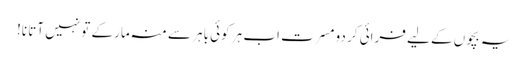
یہ بچوں کے لیے فرائی کر دو مسرت اب ہر کوئی باہر سے منہ مار کے تو نہیں آتا نا!